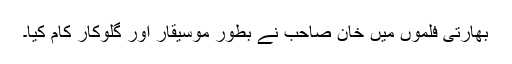
بھارتی فلموں میں خان صاحب نے بطور موسیقار اور گلوکار کام کیا۔